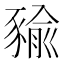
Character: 𧱬